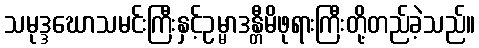
သမုဒ္ဒဃောသမင်းကြီးနှင့်ဥမ္မာဒန္တီမိဖုရားကြီးတို့တည်ခဲ့သည်။